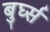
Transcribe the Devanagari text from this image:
बुर्घ्स